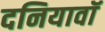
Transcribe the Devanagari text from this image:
दनियावॉ